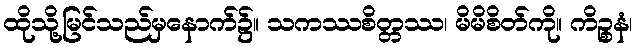
ထိုသို့မြင်သည်မှနောက်၌။ သကဿစိတ္တဿ၊ မိမိစိတ်ကို။ ကိဉ္စနံ၊